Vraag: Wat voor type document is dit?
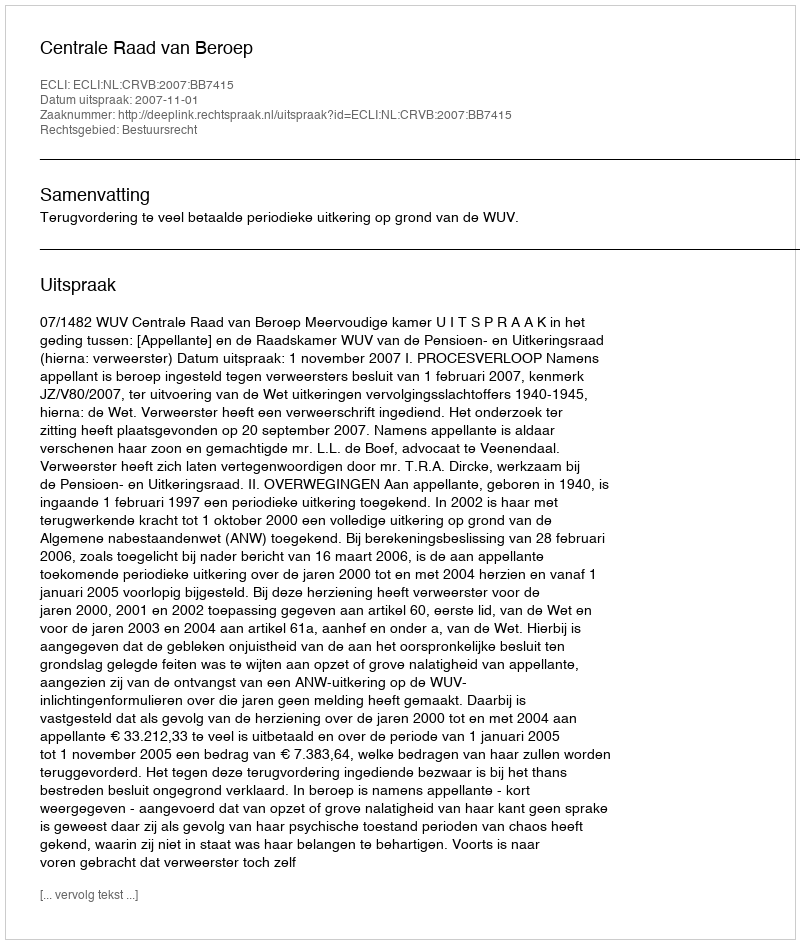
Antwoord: Uitspraak